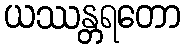
ယဿန္တရတော